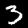
Digit: 3